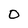
Character: 0